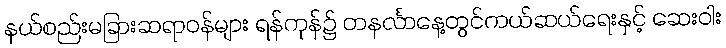
နယ်စည်းမခြားဆရာဝန်များ ရန်ကုန်၌ တနင်္လာနေ့တွင်ကယ်ဆယ်ရေးနှင့် ဆေးဝါး